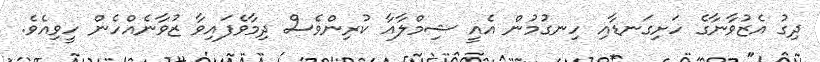
ދިގު އެޒުވާނާގެ ހަށިގަނޑާއި ހިނގުމުން އެއީ ޝިމްލާއާ ކުރިންވެސް ދިމާވެފައިވާ ޒުވާނެއްހެން ހީވިއެވެ.